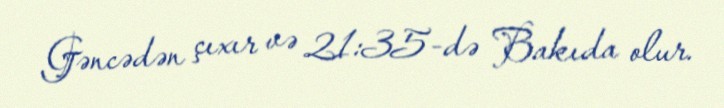
Gəncədən çıxır və 21:35-də Bakıda olur.